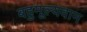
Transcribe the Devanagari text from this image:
बहुमूल्यवान